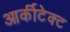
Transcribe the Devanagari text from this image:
आर्कीटेक्ट